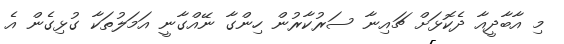
މި އާބާދީއާ ދެކޮޅަށް ޗައިނާ ސަރުކާރުން ހިންގާ ނޭއްގާނީ އަމަލުތަކާ ގުޅިގެން އެ